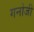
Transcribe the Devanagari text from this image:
गनोजी